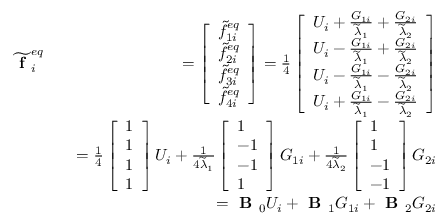
\begin{array} { r l r } { \widetilde { \textbf { f } } _ { i } ^ { e q } } & { } & { = \left[ \begin{array} { l } { \widetilde { f } _ { 1 i } ^ { e q } } \\ { \widetilde { f } _ { 2 i } ^ { e q } } \\ { \widetilde { f } _ { 3 i } ^ { e q } } \\ { \widetilde { f } _ { 4 i } ^ { e q } } \end{array} \right] = \frac { 1 } { 4 } \left[ \begin{array} { l } { U _ { i } + \frac { G _ { 1 i } } { \widetilde { \lambda } _ { 1 } } + \frac { G _ { 2 i } } { \widetilde { \lambda } _ { 2 } } } \\ { U _ { i } - \frac { G _ { 1 i } } { \widetilde { \lambda } _ { 1 } } + \frac { G _ { 2 i } } { \widetilde { \lambda } _ { 2 } } } \\ { U _ { i } - \frac { G _ { 1 i } } { \widetilde { \lambda } _ { 1 } } - \frac { G _ { 2 i } } { \widetilde { \lambda } _ { 2 } } } \\ { U _ { i } + \frac { G _ { 1 i } } { \widetilde { \lambda } _ { 1 } } - \frac { G _ { 2 i } } { \widetilde { \lambda } _ { 2 } } } \end{array} \right] } \\ & { } & { = \frac { 1 } { 4 } \left[ \begin{array} { l } { 1 } \\ { 1 } \\ { 1 } \\ { 1 } \end{array} \right] U _ { i } + \frac { 1 } { 4 \widetilde { \lambda } _ { 1 } } \left[ \begin{array} { l } { 1 } \\ { - 1 } \\ { - 1 } \\ { 1 } \end{array} \right] G _ { 1 i } + \frac { 1 } { 4 \widetilde { \lambda } _ { 2 } } \left[ \begin{array} { l } { 1 } \\ { 1 } \\ { - 1 } \\ { - 1 } \end{array} \right] G _ { 2 i } } \\ & { } & { = \textbf { B } _ { 0 } U _ { i } + \textbf { B } _ { 1 } G _ { 1 i } + \textbf { B } _ { 2 } G _ { 2 i } } \end{array}